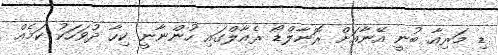
ޑި މަރިއާ ބުނީ އޭނާއަށް ރޮނާލްޑޯ ރެއާލްގައި ހުންނާނީ ކިހާ ދުވަހަކު ކަމެއް